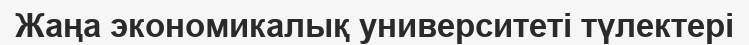
Жаңа экономикалық университеті түлектері